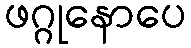
ဖဂ္ဂုနောပေ